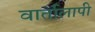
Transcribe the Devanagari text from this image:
वार्तालापी